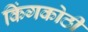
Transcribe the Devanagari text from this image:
किंगकोठी